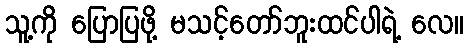
သူ့ကို ပြောပြဖို့ မသင့်တော်ဘူးထင်ပါရဲ့ လေ။